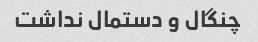
چنگال و دستمال نداشت